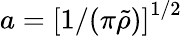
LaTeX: a=\left[1/(\pi\tilde{\rho})\right]^{1/2}